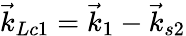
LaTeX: \vec{k}_{Lc1}=\vec{k}_{1}-\vec{k}_{s2}